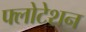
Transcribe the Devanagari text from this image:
फ्लोटेशन